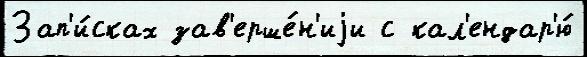
Зап'и́сках зав'ерше́н'иjи с кал'ендар'ю́